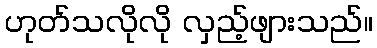
ဟုတ်သလိုလို လှည့်ဖျားသည်။